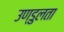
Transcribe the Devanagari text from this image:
उण्डुलता